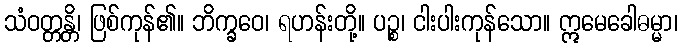
သံဝတ္တန္တိ၊ ဖြစ်ကုန်၏။ ဘိက္ခဝေ၊ ရဟန်းတို့။ ပဉ္စ၊ ငါးပါးကုန်သော။ ဣမေခေါဓမ္မာ၊